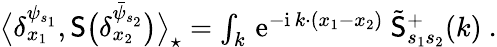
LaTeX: \begin{array}{r}{\big\langle\delta_{x_{1}}^{\psi_{s_{1}}},\mathsf{S}\big(\delta_{x_{2}}^{\bar{\psi}_{s_{2}}}\big)\big\rangle_{\star}=\int_{k}\, {\mathrm{e}}^{-{\mathrm{i}}\, k\cdot(x_{1}-x_{2})}\ \tilde{\mathsf{S}}_{s_{1}s_{2}}^{+}(k)\ .}\end{array}